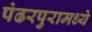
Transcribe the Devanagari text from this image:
पंढरपुरामध्ये